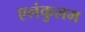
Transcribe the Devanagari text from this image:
एलंकुलम